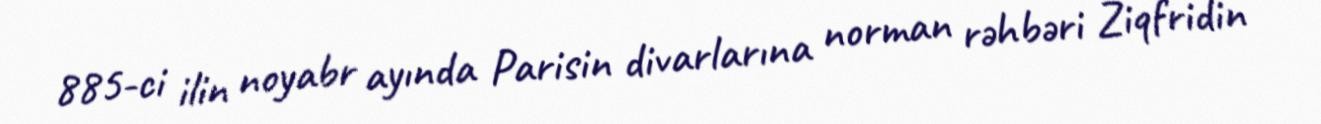
885-ci ilin noyabr ayında Parisin divarlarına norman rəhbəri Ziqfridin